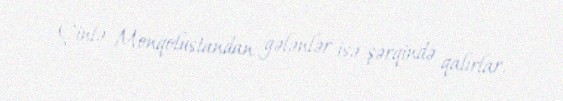
Çinlə Monqolustandan gələnlər isə şərqində qalırlar.